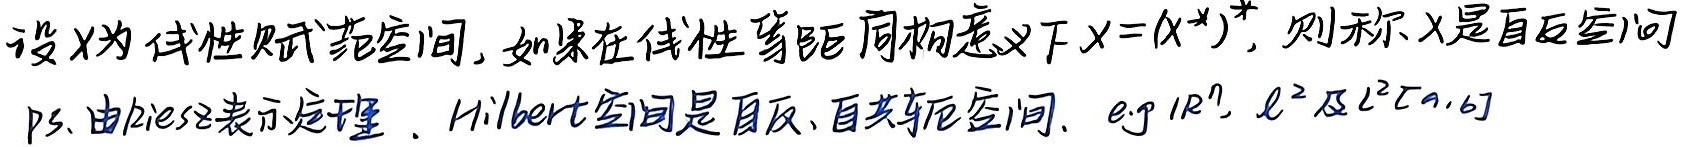
设\(X\)为线性赋范空间，如果在线性等距同构意义下\(X=(X^*)^*\)，则称\(X\)是自反空间。

P.S. 由Riesz表示定理，Hilbert空间是自反、自共轭空间，e.g \(\mathbb{R}^n\)，\(\ell^2\)及\(L^2[a,b]\) 。